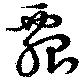
瓢